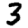
Digit: 3